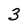
Character: 3